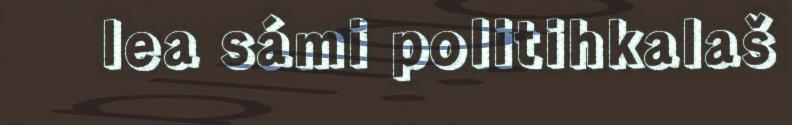
lea sámi politihkalaš